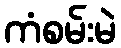
ကံစမ်းမဲ